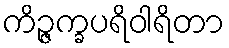
ကိဉ္ဇက္ခပရိဝါရိတာ